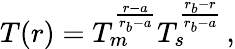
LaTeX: T(r)=T_{m}^{\frac{r-a}{r_{b}-a}}T_{s}^{\frac{r_{b}-r}{r_{b}-a}}\, ,